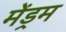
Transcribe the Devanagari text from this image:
मेंड्रम